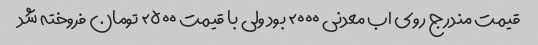
قیمت مندرج روی اب معدنی ۲۰۰۰ بود ولی با قیمت ۲۵۰۰ تومان فروخته شد